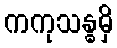
ကကုသန္ဓမှိ